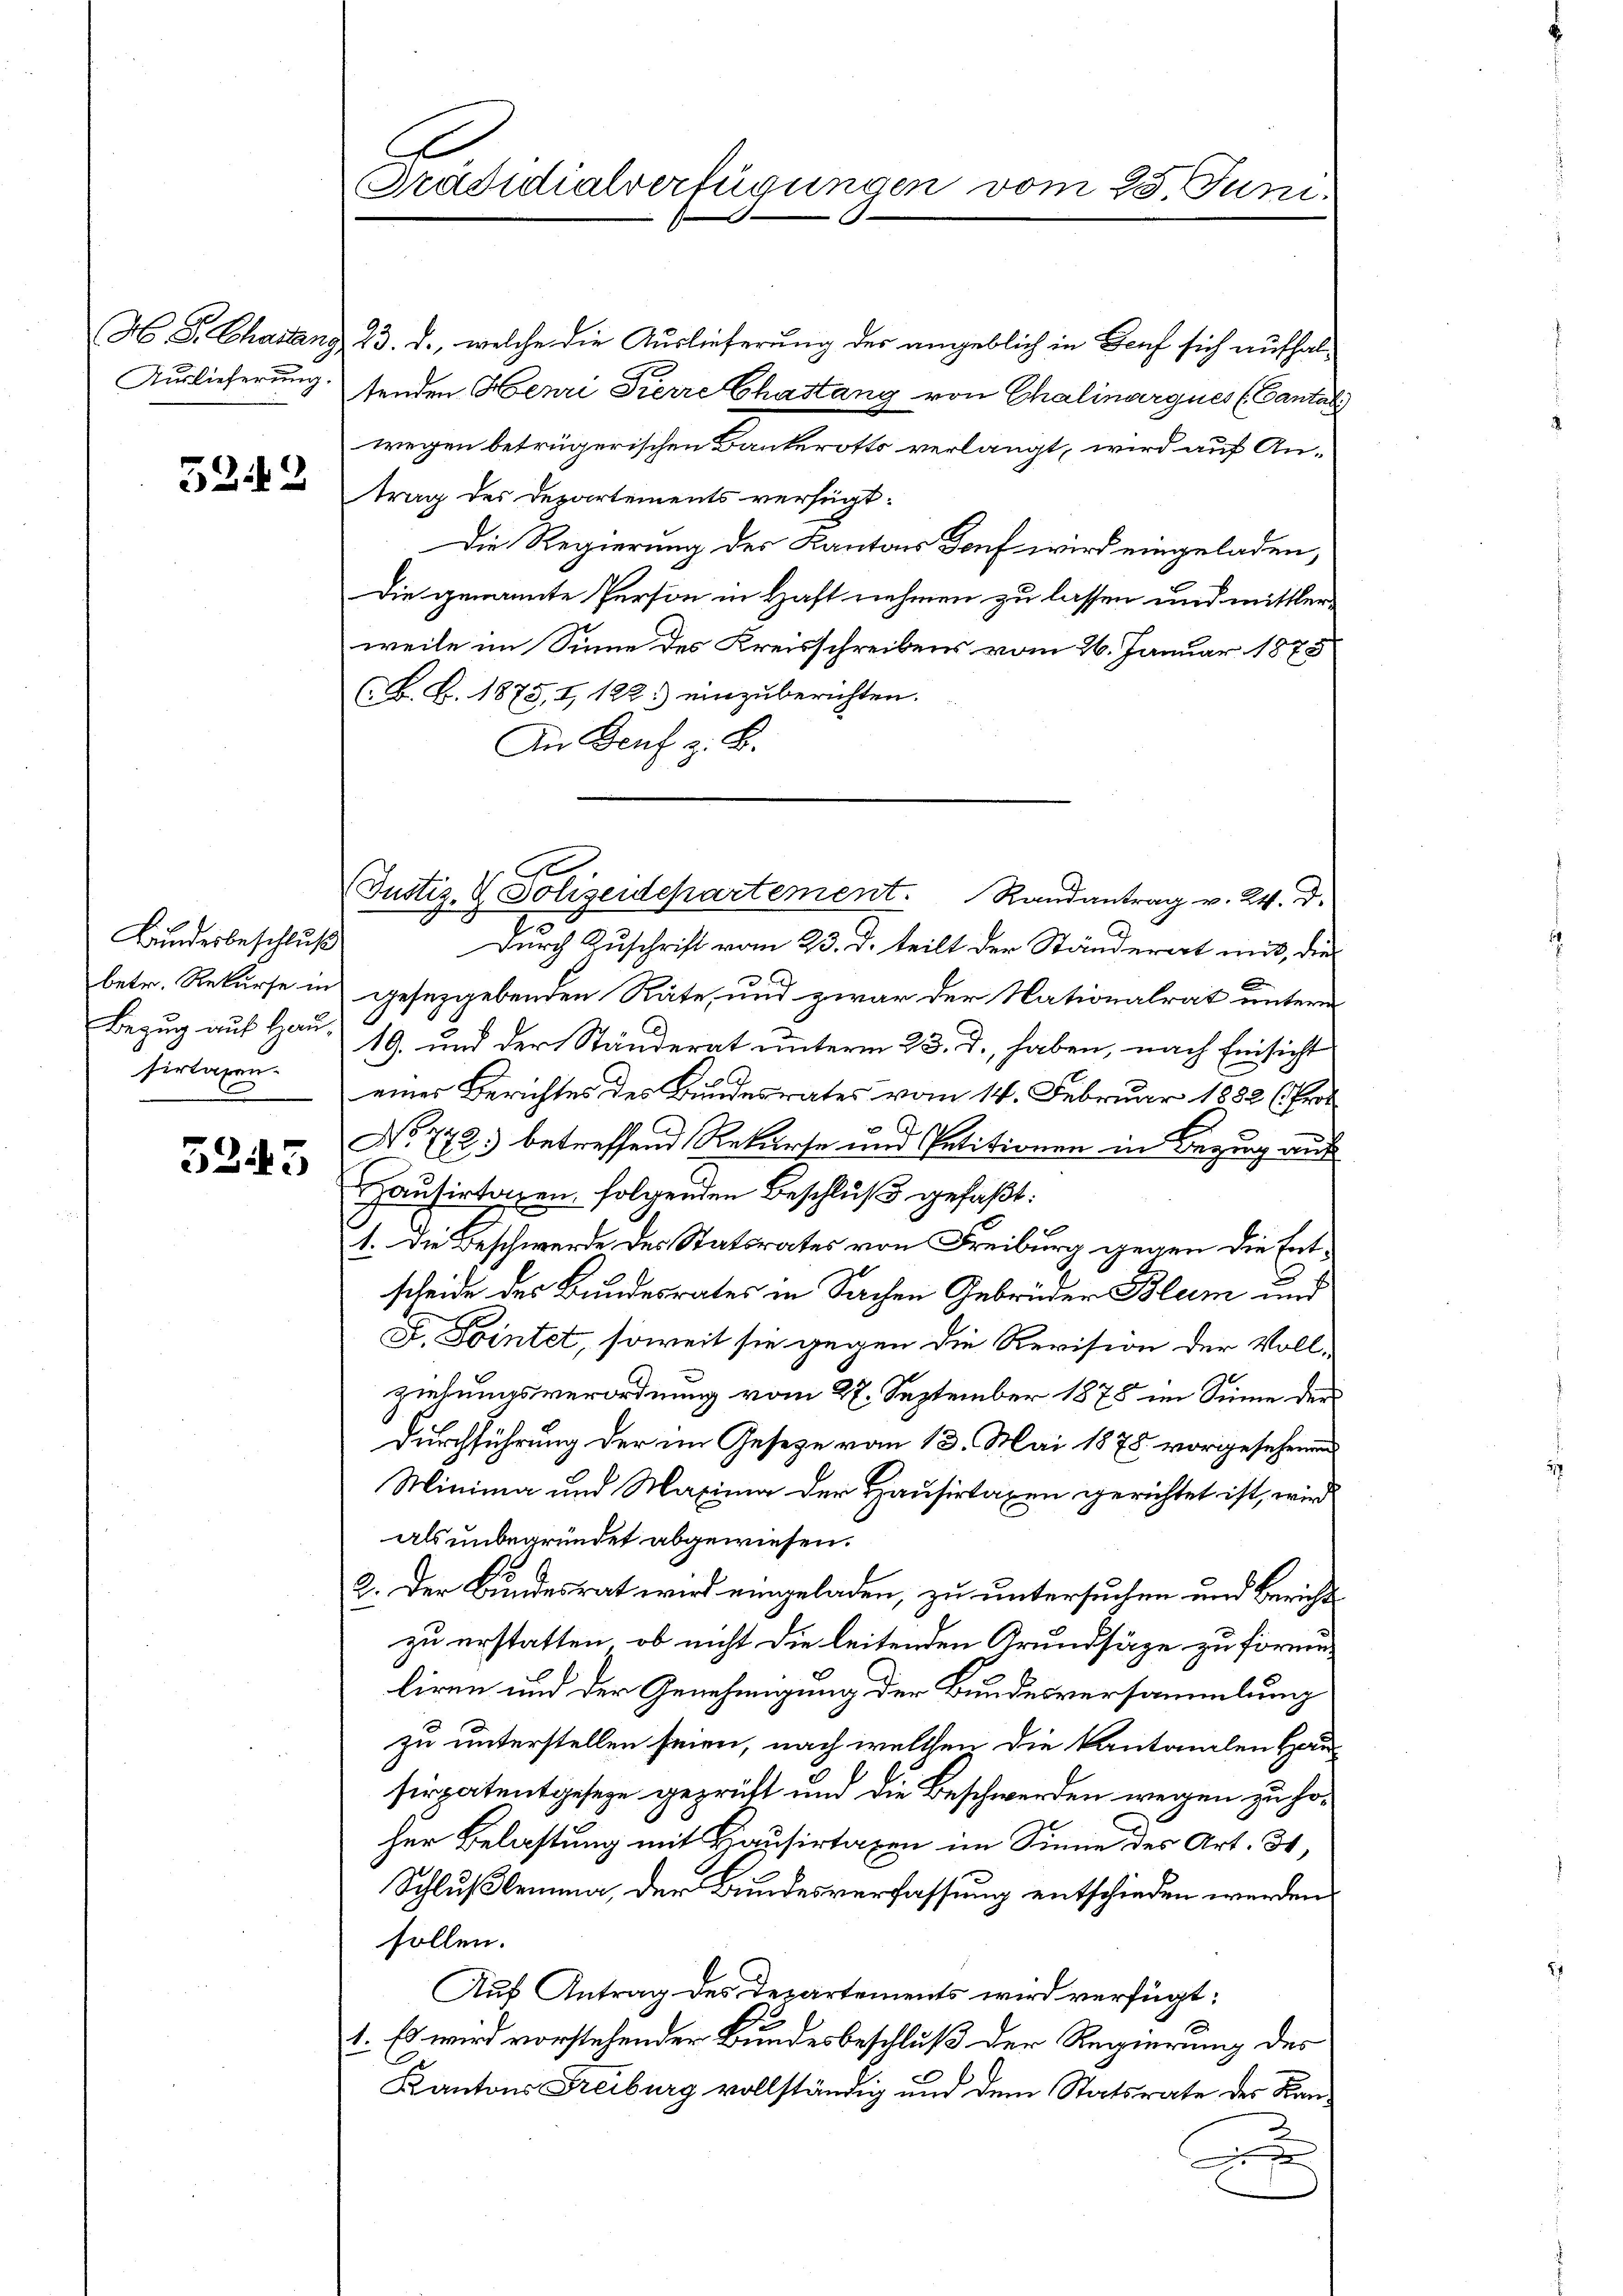
Auslieferung

5242

Bundesbeschluß
sirtaxan¬

5245

A
Präsidialverfügungen vom 25. Juni

M. D. Charlang 23. d., welche die Auslieferung der angeblich in Genf sich aufhaltenden Henri Kierre Chastang von Chalinargues (Cantali
wegen betrügerischen Bankerotts verlangt, wird auf Antrag des Departements versucht:
Die Regierung des Kantons Dorf wird eingeladen,
Die genannte Person in Haft nehmen zu lassen und mittlerweile im Sinne des Kreisschreibens vom 26. Januar 1873
B. J. 1875, I, 122. einzuberichten.
An Genf z. B.
(Justiz- & Polizeidepartement. Randantrag v. 24. d.
Durch Zuschrift vom 23. d. teilt der Ständerart mit, die
betr. Rekurse in gesetzgebenden Räte, und zwar der Nationalrat untern
Bezug auf Hau, 19. und der Ständerat unterm 23. d. haben, nach Einsicht
eines Berichtes des Bundesrates vom 14. Februar 1882 (Pro
.
No 772.) betreffend Rekurse und Petitionen in Bezug aus
Hausirtaxen folgenden Beschluß gefaßt:
1. Die Beschwerde des Statsrates von Freiburg gegen die Entscheide der Bundesrates in Sachen Gebrüder Blum und
L. Pointet, soweit sie gegen die Revision der Voll-
ziehungsverordnung vom 27. September 1875 im Sinne der
Durchführung der im Gesetze vom 13. Mai 1875 vorgesehenen
Minima und Maxima der Hausirtaxen gerichtet ist, wird
als unbegründet abgewiesen.
2. Der Bundesrat wird eingeladen, zu untersuchen und Bericht
zu erstatten, ob nicht die leitenden Grundsäge zu formenliren und der Genehmigung der Bundesversammlung
zu unterstellen seien, nach welchen die kantonalen Hausirpatentgeseze geprüft und die Beschwerden wegen zu hoher Belastung mit Hausirtaxen im Sinne des Art. 34,
Schlußlemma, der Bundesverfassung entschieden werden.
sollen.
Auf Antrag des Departements wird verfügt:
1. Es wird vorstehender Bundesbeschluß der Regierung des
Kantons Freiburg vollständig und dem Statsrate des Kan¬

A